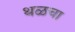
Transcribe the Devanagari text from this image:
थळचा